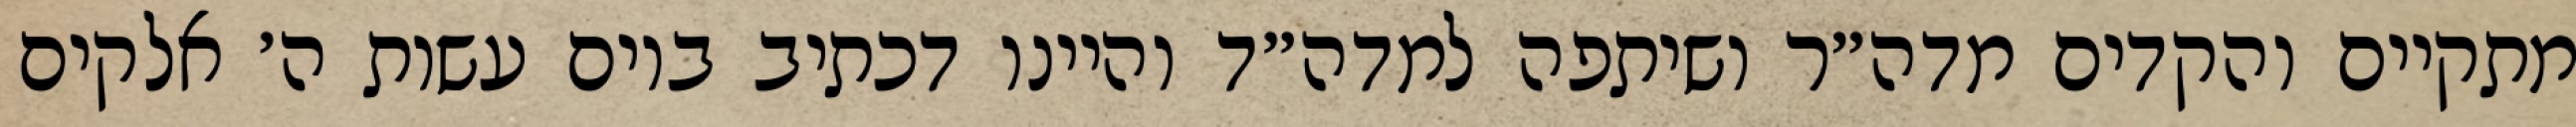
מתקיים והקדים מדה״ר ושיתפה למדה״ד והיינו דכתיב ביום עשות ה׳ אלקים